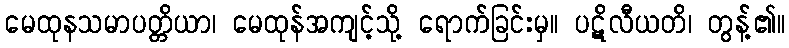
မေထုနသမာပတ္တိယာ၊ မေထုန်အကျင့်သို့ ရောက်ခြင်းမှ။ ပဋိလီယတိ၊ တွန့်၏။